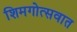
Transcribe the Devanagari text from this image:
शिमगोत्सवात